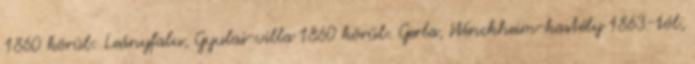
1860 körül: Leányfalu, Gyulai-villa 1860 körül: Gerla, Wenckheim-kastély 1863-tól,